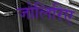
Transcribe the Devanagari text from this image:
जोलिरिए